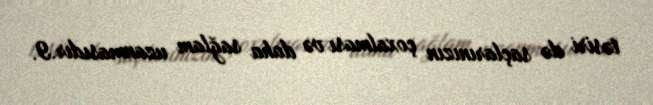
təsiri də saçlarınızın çoxalması və daha sağlam uzanmasıdır.9.